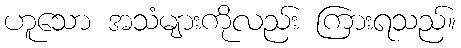
ဟူသော အသံများကိုလည်း ကြားရသည်။